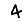
Digit: 4